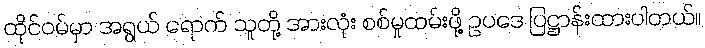
ထိုင်ဝမ်မှာ အရွယ် ရောက် သူတို့ အားလုံး စစ်မှုထမ်းဖို့ ဥပဒေ ပြဋ္ဌာန်းထားပါတယ်။